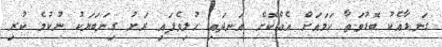
ގަނޑާއެކު ބޮޑުވަތާ ހަމައަށް އެއްކޮށް އަނދައި ހުލިވެފައި ރަށު ގިނަބަޔަކު ނުކުމެ ކުރި